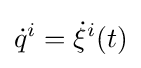
{\dot {q}}^{i}={\dot {\xi }}^{i}(t)